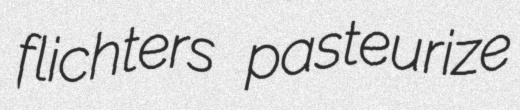
flichters pasteurize